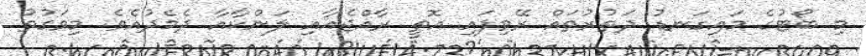
މި ބޯޓުގެ މައިގަނޑު ދަތުރުތައް ރޭވިފައި އޮތީ ރާއްޖެއާއި ލަންކާއާ ދެމެދުއެވެ. މިވަގުތު